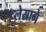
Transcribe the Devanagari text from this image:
लेसागे